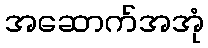
အဆောက်အအုံ